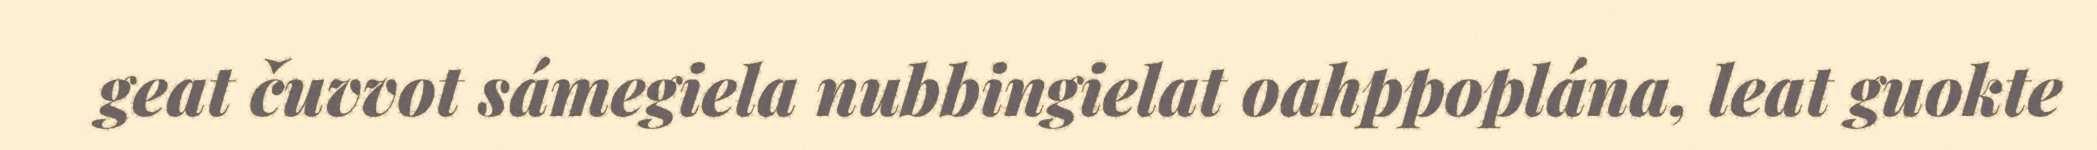
geat čuvvot sámegiela nubbingielat oahppoplána, leat guokte